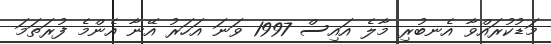
މަޑުކުރައްވާ އެނބުރި މާލެ އައިސް 1997 ވަނަ އަހަރު އޭނާ އެންމެ ފުރަތަމަ